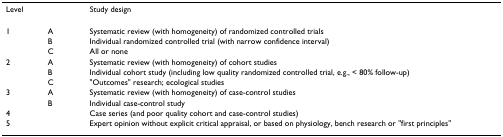
<table><thead><tr><td colspan="2"><b>Level</b></td><td><b>Study design</b></td></tr></thead><tbody><tr><td>1</td><td>A</td><td>Systematic review (with homogeneity) of randomized controlled trials</td></tr><tr><td></td><td>B</td><td>Individual randomized controlled trial (with narrow confidence interval)</td></tr><tr><td></td><td>C</td><td>All or none</td></tr><tr><td>2</td><td>A</td><td>Systematic review (with homogeneity) of cohort studies</td></tr><tr><td></td><td>B</td><td>Individual cohort study (including low quality randomized controlled trial, e.g., &lt; 80% follow-up)</td></tr><tr><td></td><td>C</td><td>&quot;Outcomes&quot; research; ecological studies</td></tr><tr><td>3</td><td>A</td><td>Systematic review (with homogeneity) of case-control studies</td></tr><tr><td></td><td>B</td><td>Individual case-control study</td></tr><tr><td>4</td><td></td><td>Case series (and poor quality cohort and case-control studies)</td></tr><tr><td>5</td><td></td><td>Expert opinion without explicit critical appraisal, or based on physiology, bench research or &quot;first principles&quot;</td></tr></tbody></table>